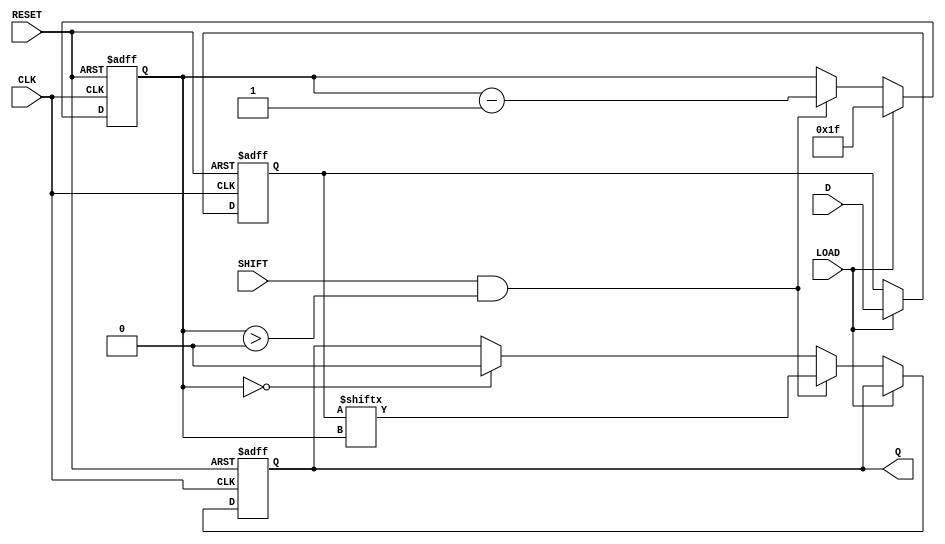
module PISO_32bit (
    input wire [31:0] D,      // 32-bit parallel data input
    input wire LOAD,          // Load control signal
    input wire SHIFT,         // Shift control signal
    input wire CLK,           // Clock signal
    input wire RESET,         // Reset control signal
    output reg Q              // Serial output
);

    reg [31:0] shift_reg;     // Internal shift register to hold data
    reg [5:0] count;          // Bit counter for shifting

    always @(posedge CLK or posedge RESET) begin
        if (RESET) begin
            shift_reg <= 32'b0; // Reset the shift register to 0
            Q <= 1'b0;          // Reset output
            count <= 6'b0;      // Reset the counter
        end else begin
            if (LOAD) begin
                shift_reg <= D; // Load data into the shift register
                count <= 6'd31; // Set counter to 31 (MSB position)
            end else if (SHIFT && count > 0) begin
                Q <= shift_reg[count]; // Output the current MSB
                count <= count - 1;     // Decrement the counter
            end else if (count == 0) begin
                Q <= 1'b0; // After all bits are shifted out, output 0
            end
        end
    end

endmodule